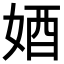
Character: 𡜳